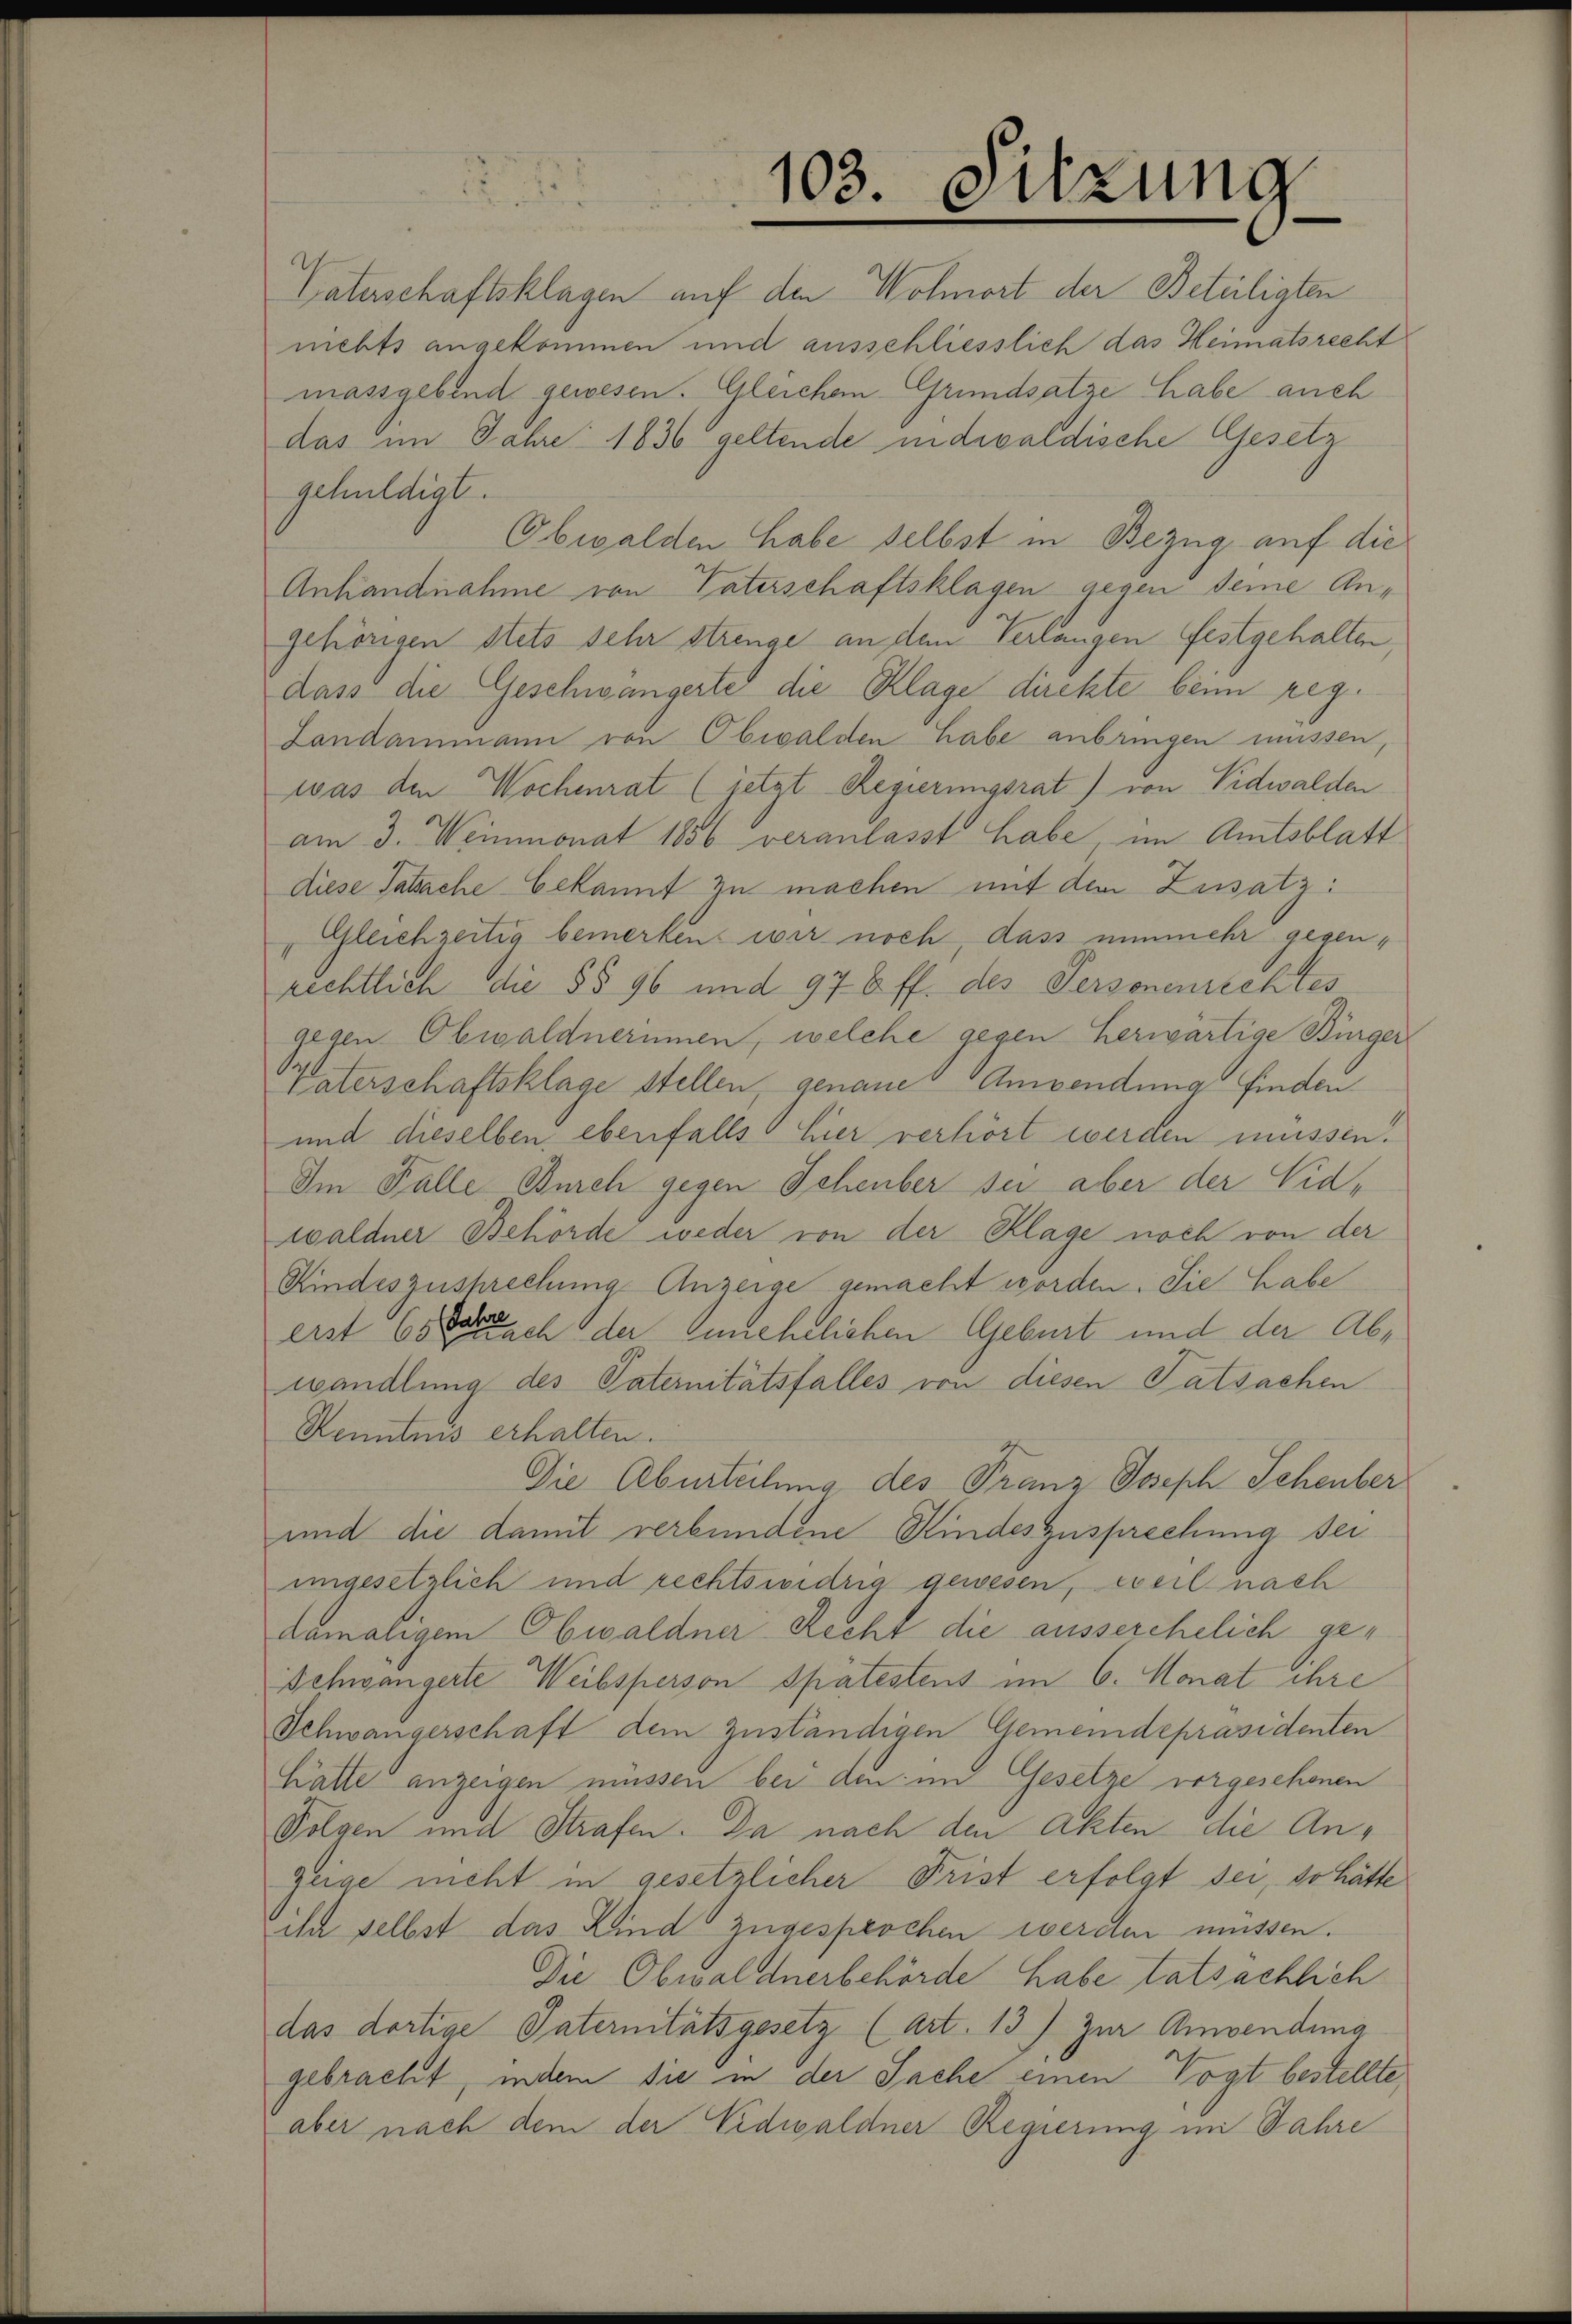
103. Sitzung

Vaterschaftsklagen auf den Wolmort der Beteiligten
nichts angekommen und ausschliesslich das Heimatsrecht
massgebend gewesen. Gleichen Grundsatze habe auch
das im Jahre 1836 geltende indicaldische Gesetz
gehuldigt.
Obwalden habe selbst in Bezug auf die
Anhandnahme von Vaterschaftsklagen gegen seine Angehörigen stets sehr strenge an den Verlangen festgehalten,
dass die Geschwängerte die Klage direkte beim reg¬
Landammann von Obwalden habe anbringen müssen,
was den Wochenrat (jetzt Regierungsrat) von Vidwalden
am 3. Weinmonat 1856 veranlasst habe, im Amtsblatt
diese Tatsache bekannt zu machen mit dem Zusatz:
Gleichzeitig bemerken wir noch dass nunmehr gegenrechtlich die §§ 96 und 976 ff. des Personenrechtes
gegen Obwaldnerinnen, welche gegen herwärtige Bürger
paterschaftsklage stellen, genaues Anwendung finden
und dieselben ebenfalls hier verhört werden müssen.
Im Falle Burch gegen Schenber sei aber der Vidwaldner Behörde weder von der Klage noch von der
Kindeszusprechung Anzeige gemacht worden. Sie habe
erst 65 dch der Genehelichen Geburt und der Abwandlung des Vaternitätsfalles von diesen Tatsachen
Kenntnis erhalten.
Die Aburteilung des Franz Joseph Schenber
und die damit verbundene Kindeszusprechung sei
ungesetzlich und rechtswidrig gewesen, weil nach
damaligem Obwaldner Recht die ausserehelich ge¬
Schwängerte Weibsperson spätestens im 6. Monat ihre
Schwangerschaft dem zuständigen Gemeindepräsidenten
Latte anzeigen müssen bei den im Gesetze vorgesehenen
Folgen und Strafen. Da nach den Akten die Anzeige nicht in gesetzlicher Frist erfolgt sei, so hätte
In selbst das Kind zugesprochen werden müssen.
Die Obwaldnerbehörde habe tatsächlich
das dortige Paternitätsgesetz (Art. 13) Zur Anwendung
gebracht, indem sie in der Sache einen Vogt bestellte
aber nach dem der Eidwaldner Regierung im Jahre